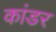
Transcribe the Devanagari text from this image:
कांडर